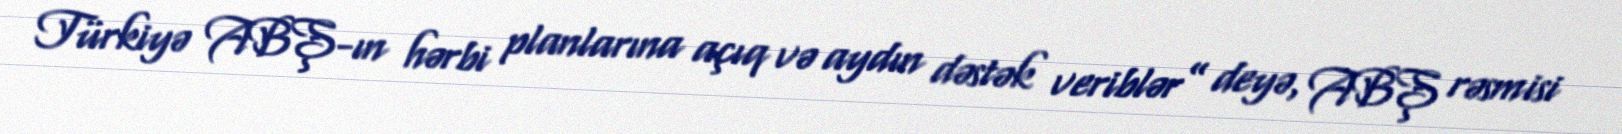
Türkiyə ABŞ-ın hərbi planlarına açıq və aydın dəstək veriblər” deyə, ABŞ rəsmisi